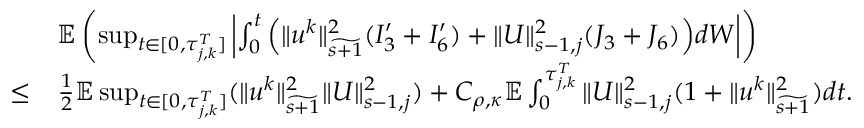
\begin{array} { r l } & { \mathbb E \left( \operatorname* { s u p } _ { t \in [ 0 , \tau _ { j , k } ^ { T } ] } \left| \int _ { 0 } ^ { t } \Big ( \| u ^ { k } \| _ { \widetilde { s + 1 } } ^ { 2 } ( I _ { 3 } ^ { \prime } + I _ { 6 } ^ { \prime } ) + \| U \| _ { s - 1 , j } ^ { 2 } ( J _ { 3 } + J _ { 6 } ) \Big ) d W \right| \right) } \\ { \leq } & { \frac 1 2 \mathbb E \operatorname* { s u p } _ { t \in [ 0 , \tau _ { j , k } ^ { T } ] } ( \| u ^ { k } \| _ { \widetilde { s + 1 } } ^ { 2 } \| U \| _ { s - 1 , j } ^ { 2 } ) + C _ { \rho , \kappa } \mathbb E \int _ { 0 } ^ { \tau _ { j , k } ^ { T } } \| U \| _ { s - 1 , j } ^ { 2 } ( 1 + \| u ^ { k } \| _ { \widetilde { s + 1 } } ^ { 2 } ) d t . } \end{array}